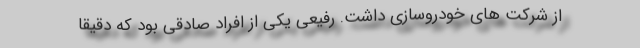
از شرکت های خودروسازی داشت. رفیعی یکی از افراد صادقی بود که دقیقا